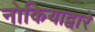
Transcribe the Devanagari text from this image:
नोकियाद्वारे